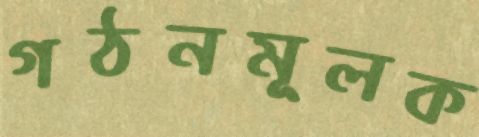
গঠনমূলক